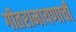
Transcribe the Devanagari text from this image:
गीतरामायणाची